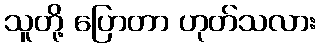
သူတို့ ပြောတာ ဟုတ်သလား